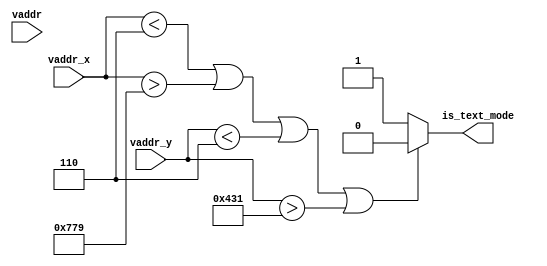
module vga_mode (
           input [20: 0] vaddr ,
           input [10: 0] vaddr_x ,
           input [10: 0] vaddr_y ,
           output is_text_mode
       );

assign is_text_mode = (vaddr_x < 6 || vaddr_x > 1913 || vaddr_y < 6 || vaddr_y > 1073)
                        ? 0:1;

endmodule